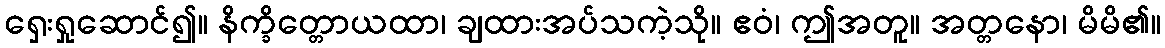
ရှေးရှုဆောင်၍။ နိက္ခိတ္တောယထာ၊ ချထားအပ်သကဲ့သို။ ဧဝံ၊ ဤအတူ။ အတ္တနော၊ မိမိ၏။